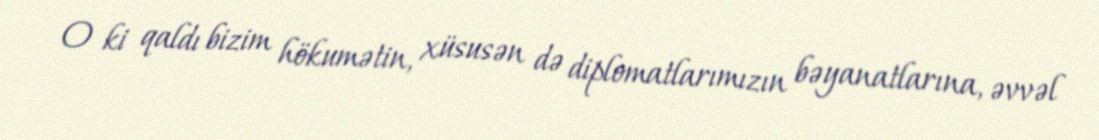
O ki qaldı bizim hökumətin, xüsusən də diplomatlarımızın bəyanatlarına, əvvəl